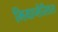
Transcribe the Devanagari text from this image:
मियाप्लैसिडस